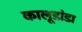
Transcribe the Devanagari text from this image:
कालूडांडा